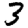
Digit: 3